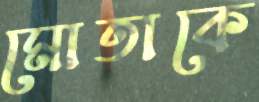
মোতাকে